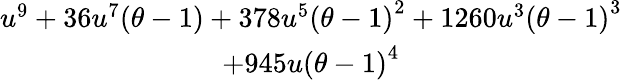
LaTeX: \begin{array}{c}{u^{9}+36u^{7}(\theta-1)+378u^{5}{(\theta-1)}^{2}+1260u^{3}{(\theta-1)}^{3}}\\ {+945u{(\theta-1)}^{4}}\end{array}